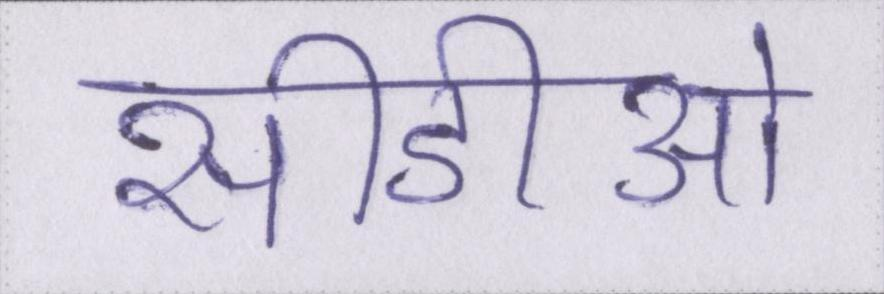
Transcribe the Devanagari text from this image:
सीडीओ